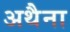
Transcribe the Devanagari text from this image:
अथैना